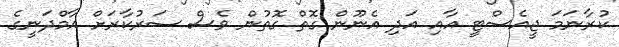
ކުރާނަމަ ޖީއެސްޓީ އާއި އަދި އެނޫން ގޮތް ގޮތުން ވެސް ސަރުކާރަށް އާމްދަނީގެ